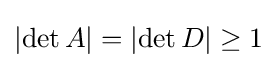
|{\det A}|=|{\det D}|\geq 1